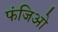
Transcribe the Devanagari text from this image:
फंजिओ